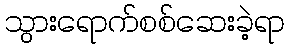
သွားရောက်စစ်ဆေးခဲ့ရာ